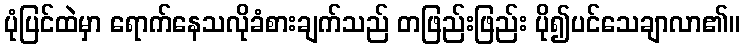
ပုံပြင်ထဲမှာ ရောက်နေသလိုခံစားချက်သည် တဖြည်းဖြည်း ပို၍ပင်သေချာလာ၏။